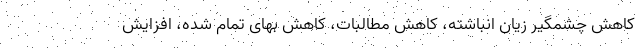
کاهش چشمگیر زیان انباشته، کاهش مطالبات، کاهش بهای تمام شده، افزایش